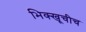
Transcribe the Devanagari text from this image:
भिक्खूचीच